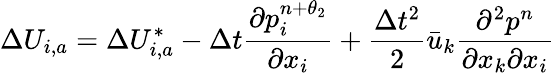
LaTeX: \Delta{{U}_{i,a}}=\Delta U_{i,a}^{*}-\Delta t\frac{\partial p_{i}^{n+{{\theta}_{2}}}}{\partial{{x}_{i}}}+\frac{\Delta{{t}^{2}}}{2}{{\bar{u}}_{k}}\frac{{{\partial}^{2}}{{p}^{n}}}{\partial{{x}_{k}}\partial{{x}_{i}}}